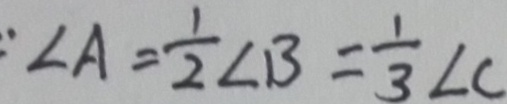
\angle A = \frac { 1 } { 2 } \angle B = \frac { 1 } { 3 } \angle C